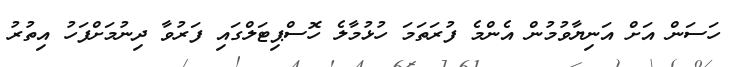
ހަސަން އަށް އަނިޔާވުމުން އެންމެ ފުރަތަމަ ހުޅުމާލެ ހޮސްޕިޓަލްގައި ފަރުވާ ދިނުމަށްފަހު އިތުރު